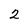
Character: 2